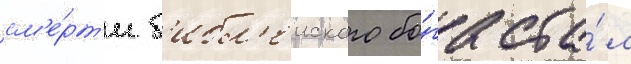
см'е́рт'и б'ибл'еиского бо́га ста́л